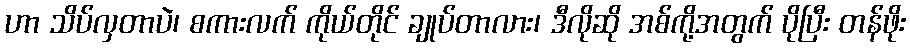
ဟာ သိပ်လှတာပဲ၊ စကားလက် ကိုယ်တိုင် ချုပ်တာလား၊ ဒီလိုဆို အစ်ကို့အတွက် ပိုပြီး တန်ဖိုး